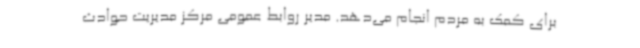
برای کمک به مردم انجام می‌دهد. مدیر روابط عمومی مرکز مدیریت حوادث